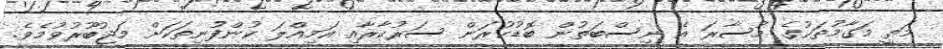
މަތީ މަގާމުތަކުގެ މުސާރަ އެ ނިސްބަތުން ބޮޑުކުރަން ސަރުކާރާއި އަމިއްލަ ކުންފުނިތަކަށް މަޖުބޫރުވުމެވެ.